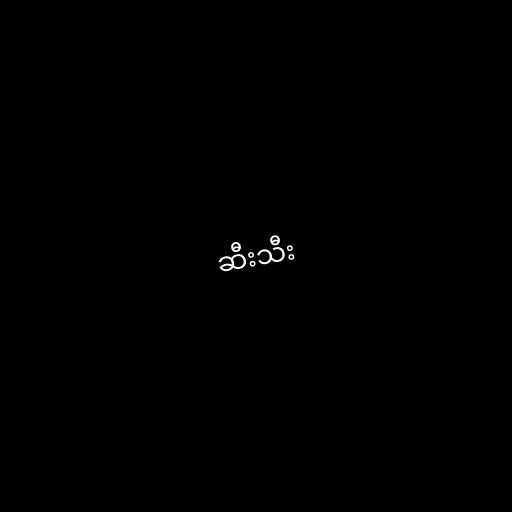
ဆီးသီး